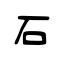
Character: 石